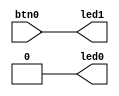
module testred
(
  input  btn0,
  output led0,
  output led1
);

  assign led0 = 1'b0;
  assign led1 = btn0;
endmodule